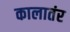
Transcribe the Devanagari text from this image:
कालातंर